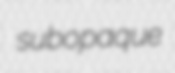
subopaque